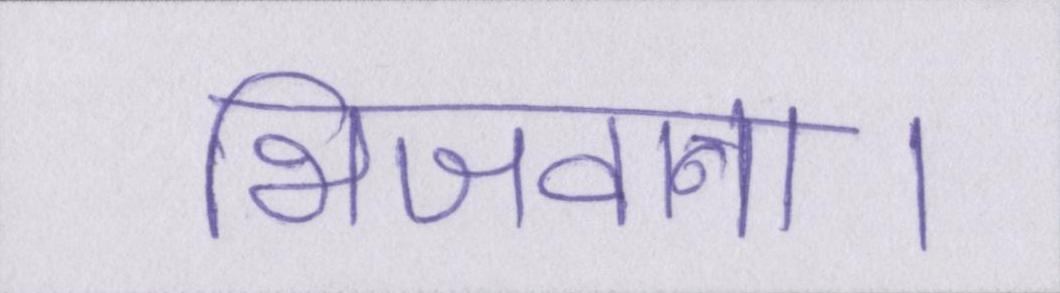
भिजवाना।